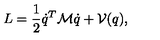
L = \frac 1 2 \dot { q } ^ { T } { \cal M } \dot { q } + { \cal V } ( q ) ,